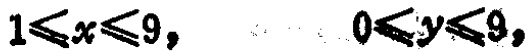
$1\leqslant x\leqslant 9,\quad 0\leqslant y\leqslant 9,$